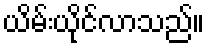
ယိမ်းယိုင်လာသည်။